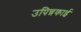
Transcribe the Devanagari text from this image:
उपिन्नकाई